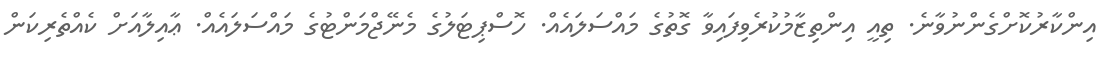
އިންކާރުކޮށްގެންނުވާނެ. ތިއީ އިންތިޒާމުކުރެވިފައިވާ ގޮތުގެ މައްސަލައެއް. ހޮސްޕިޓަލުގެ މެނޭޖްމަންޓުގެ މައްސަލައެއް. ޢާއިލާއަށް ކެއްތެރިކަން